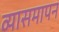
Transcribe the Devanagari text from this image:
व्यासमापन